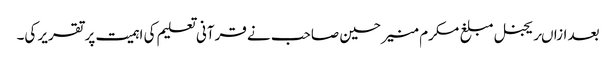
بعد ازاںریجنل مبلغ مکرم منیر حسین صاحب نے قرآنی تعلیم کی اہمیت پر تقریر کی۔